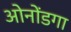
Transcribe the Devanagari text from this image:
ओनोंडगा